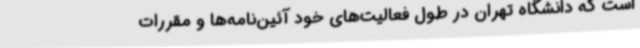
است که دانشگاه تهران در طول فعالیت‌های خود آئین‌نامه‌ها و مقررات